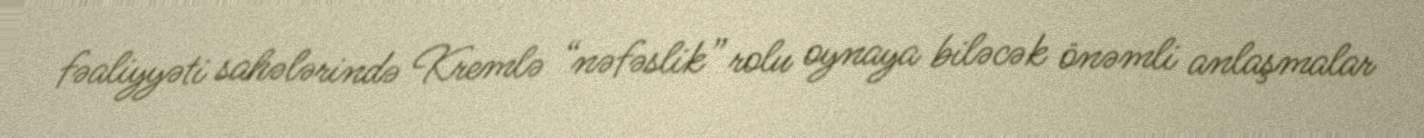
fəaliyyəti sahələrində Kremlə “nəfəslik” rolu oynaya biləcək önəmli anlaşmalar